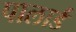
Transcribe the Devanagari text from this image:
पालार्ड